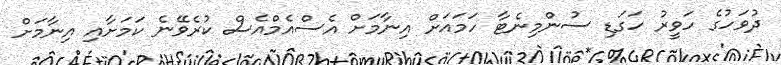
ދުވަހުގެ ހަވީރު ހަގަޑި ސުންމިނެޓާ ހަމައަށް އިނާމަށް އެސްއެމްއެސް ކުރެވޭނެ ކަމަށާއި އިނާމަށް